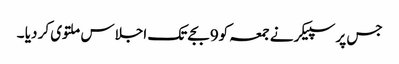
جس پر سپیکر نے جمعہ کو9بجے تک اجلاس ملتوی کر دیا ۔